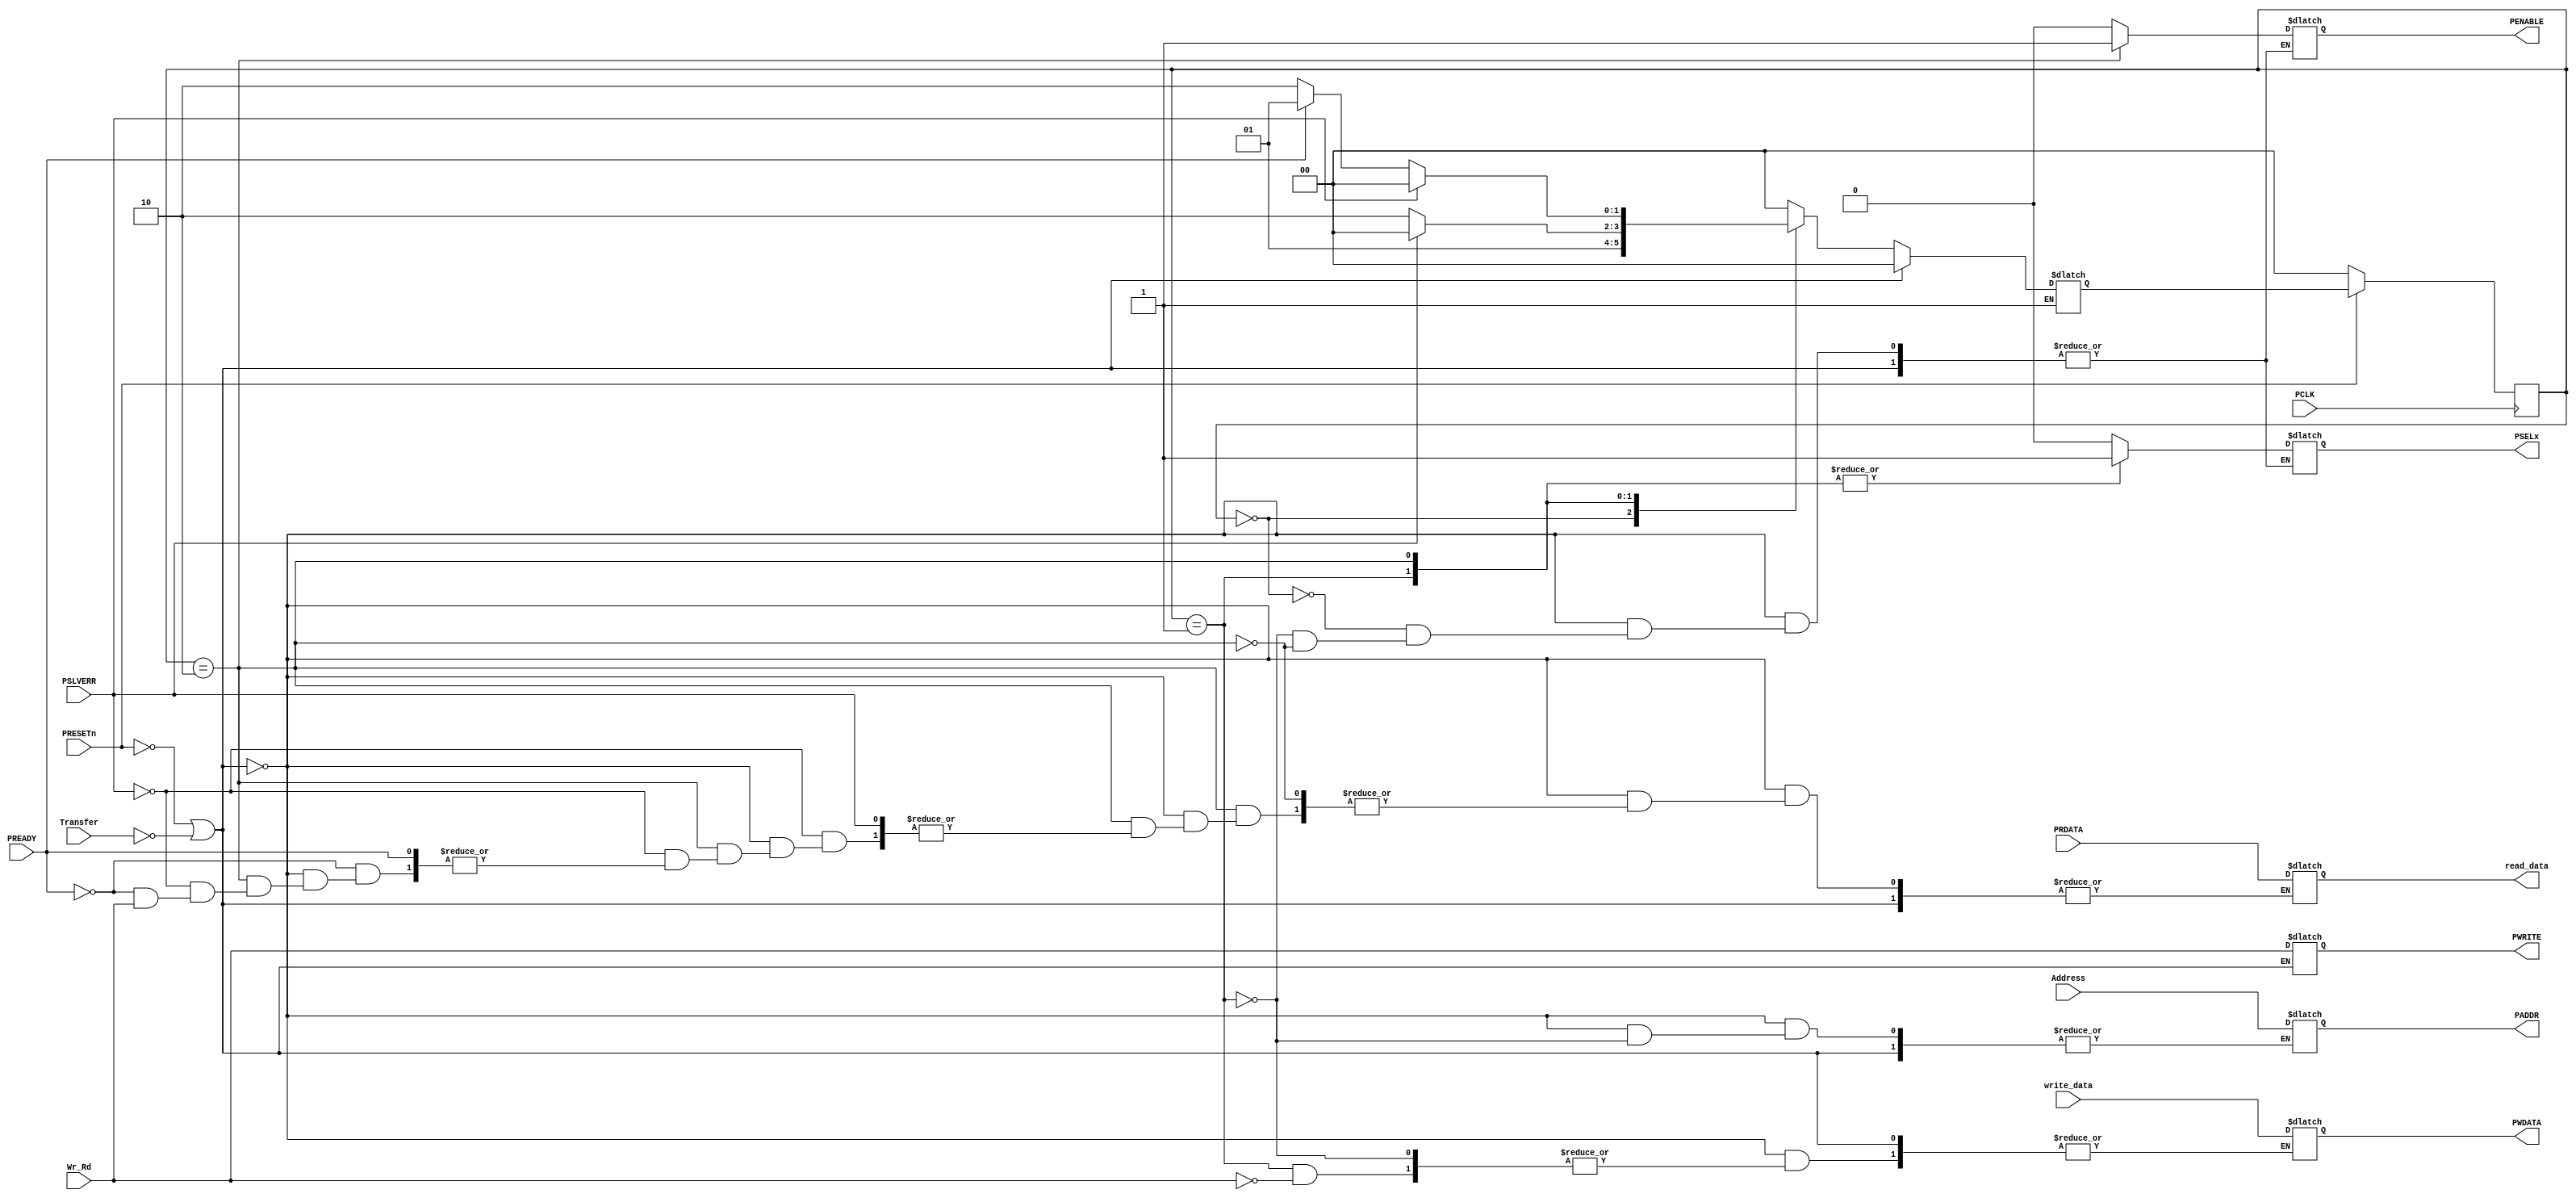
module APB_master(input Transfer,              //temp signals for master input
                  input Wr_Rd,                 //temp signals for master input
                  input [4:0] Address,         //temp signals for master input
                  input [31:0] write_data,     //temp signals for master input
                  output reg [31:0] read_data, //temp signals for master input
                  input PCLK,                  //clock
                  input PRESETn,               //active low async reset
                  input PREADY,                //input by slave
                  input [31:0] PRDATA,         //32 bit bus to read data
                  input PSLVERR,               //Error signal by slave
                  output reg [4:0] PADDR,      //32 bit address
                  output reg PSELx,            //select slave
                  output reg PENABLE,          //indicate 2nd or subsequent cycle
                  output reg PWRITE,           //high->write, low->read
                  output reg [31:0] PWDATA);   //32 bit bus to write data
    
    parameter IDLE = 2'b00, SETUP = 2'b01, ACCESS = 2'b10;
    reg [1:0] ps,ns;
    
    
    always @(posedge PCLK) begin
        if (!PRESETn)
            ps <= IDLE;
        else
            ps <= ns;
    end
    
    always @(ps,Transfer,PREADY) begin
        if (!PRESETn  || !Transfer)
            ns <= IDLE;
        else
        begin
            PWRITE = Wr_Rd;
            
            case (ps)
                
                IDLE:begin
                    PSELx   = 0;
                    PENABLE = 0;
                    ns <= SETUP;
                end
                
                SETUP:begin
                    PSELx   = 1;
                    PENABLE = 0;
                    PADDR   = Address;
                    
                    if (PWRITE)
                        PWDATA   <= write_data;
                    
                    if (!PSLVERR)
                        ns <= ACCESS;
                    else
                        ns <= IDLE;
                end
                
                ACCESS:begin
                    PSELx   = 1;
                    PENABLE = 1;
                    if (!PSLVERR)
                    begin
                        if (!PREADY) begin
                            if (PWRITE) begin
                                ns <= ACCESS;
                            end
                            else if (!PWRITE) begin
                                read_data = PRDATA;
                                ns <= ACCESS;
                            end
                        end
                        else if (PREADY)
                            ns <= SETUP;
                    end
                    else
                        ns <= IDLE;
                end
                        
                default: ns <= IDLE;
            endcase
        end
                    
    end
                
endmodule